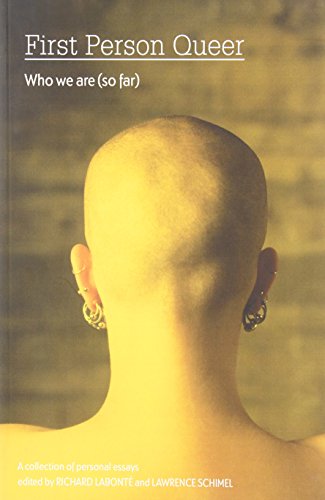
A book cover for First Person Queer: Who We Are (So Far); Gay & Lesbian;